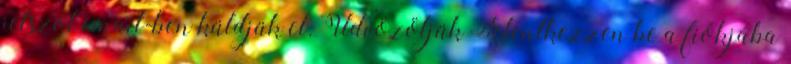
jelszót email-ben küldjük el. Üdvözöljük Jelentkezzen be a fiókjába